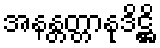
အနန္တတ္တာနုဒိဋ္ဌိ